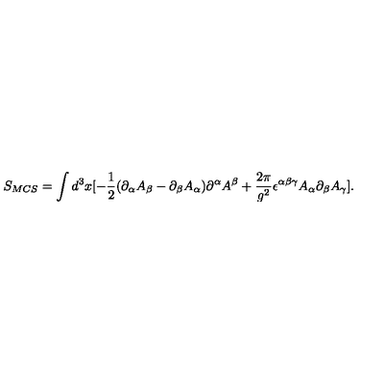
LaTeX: S _ { M C S } = \int d ^ { 3 } x [ - \frac { 1 } { 2 } ( \partial _ { \alpha } A _ { \beta } - \partial _ { \beta } A _ { \alpha } ) \partial ^ { \alpha } A ^ { \beta } + \frac { 2 \pi } { g ^ { 2 } } \epsilon ^ { \alpha \beta \gamma } A _ { \alpha } \partial _ { \beta } A _ { \gamma } ] .